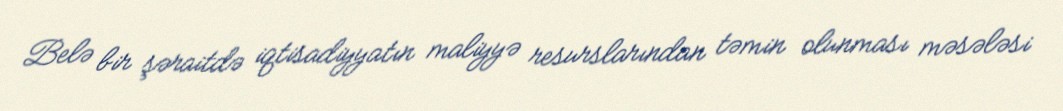
Belə bir şəraitdə iqtisadiyyatın maliyyə resurslarından təmin olunması məsələsi